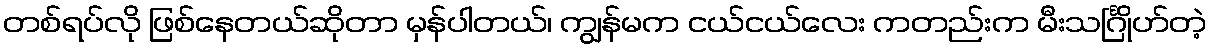
တစ်ရပ်လို ဖြစ်နေတယ်ဆိုတာ မှန်ပါတယ်၊ ကျွန်မက ငယ်ငယ်လေး ကတည်းက မီးသင်္ဂြိုဟ်တဲ့